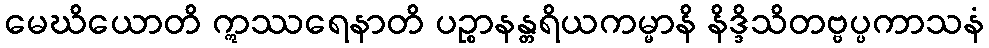
မေဃိယောတိ ဣဿရေနာတိ ပဉ္စာနန္တရိယကမ္မာနိ နိဒ္ဒိသိတဗ္ဗပ္ပကာသနံ